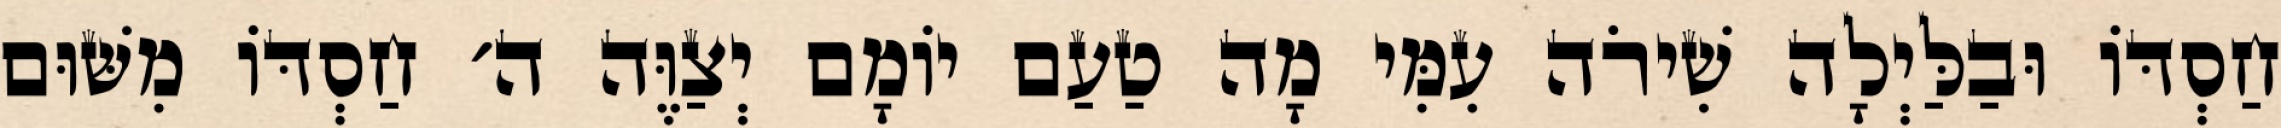
חַסְדּוֹ וּבַלַּיְלָה שִׁירֹה עִמִּי מָה טַעַם יוֹמָם יְצַוֶּה ה׳ חַסְדּוֹ מִשּׁוּם